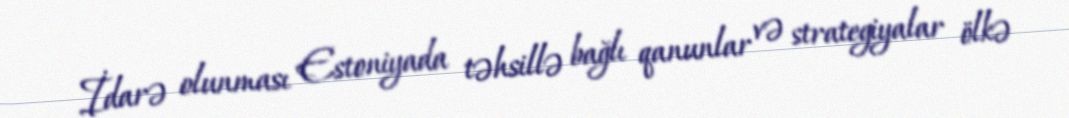
İdarə olunması Estoniyada təhsillə bağlı qanunlar və strategiyalar ölkə